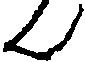
ん